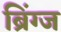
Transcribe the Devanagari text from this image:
ब्रिंग्ज